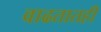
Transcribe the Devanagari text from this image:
वाढतातही